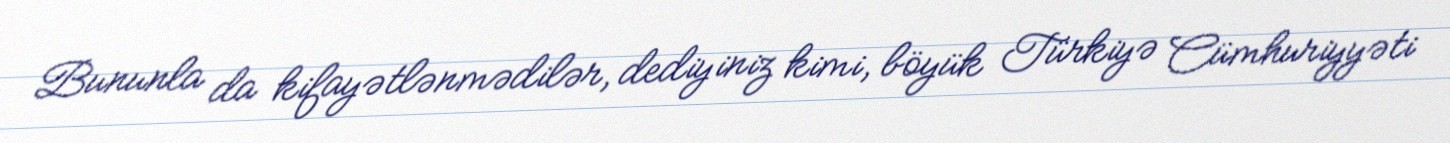
Bununla da kifayətlənmədilər, dediyiniz kimi, böyük Türkiyə Cümhuriyyəti